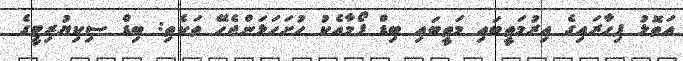
އަތޮޅު ފިހާރައިގެ އިރުމަތީބައި މަތީބައި ބިޑް ފޯމާއެކު ހުށަހަޅަންޖެހޭ ތަކެތި: ބިޑް ސިކިޔުރިޓީގެ